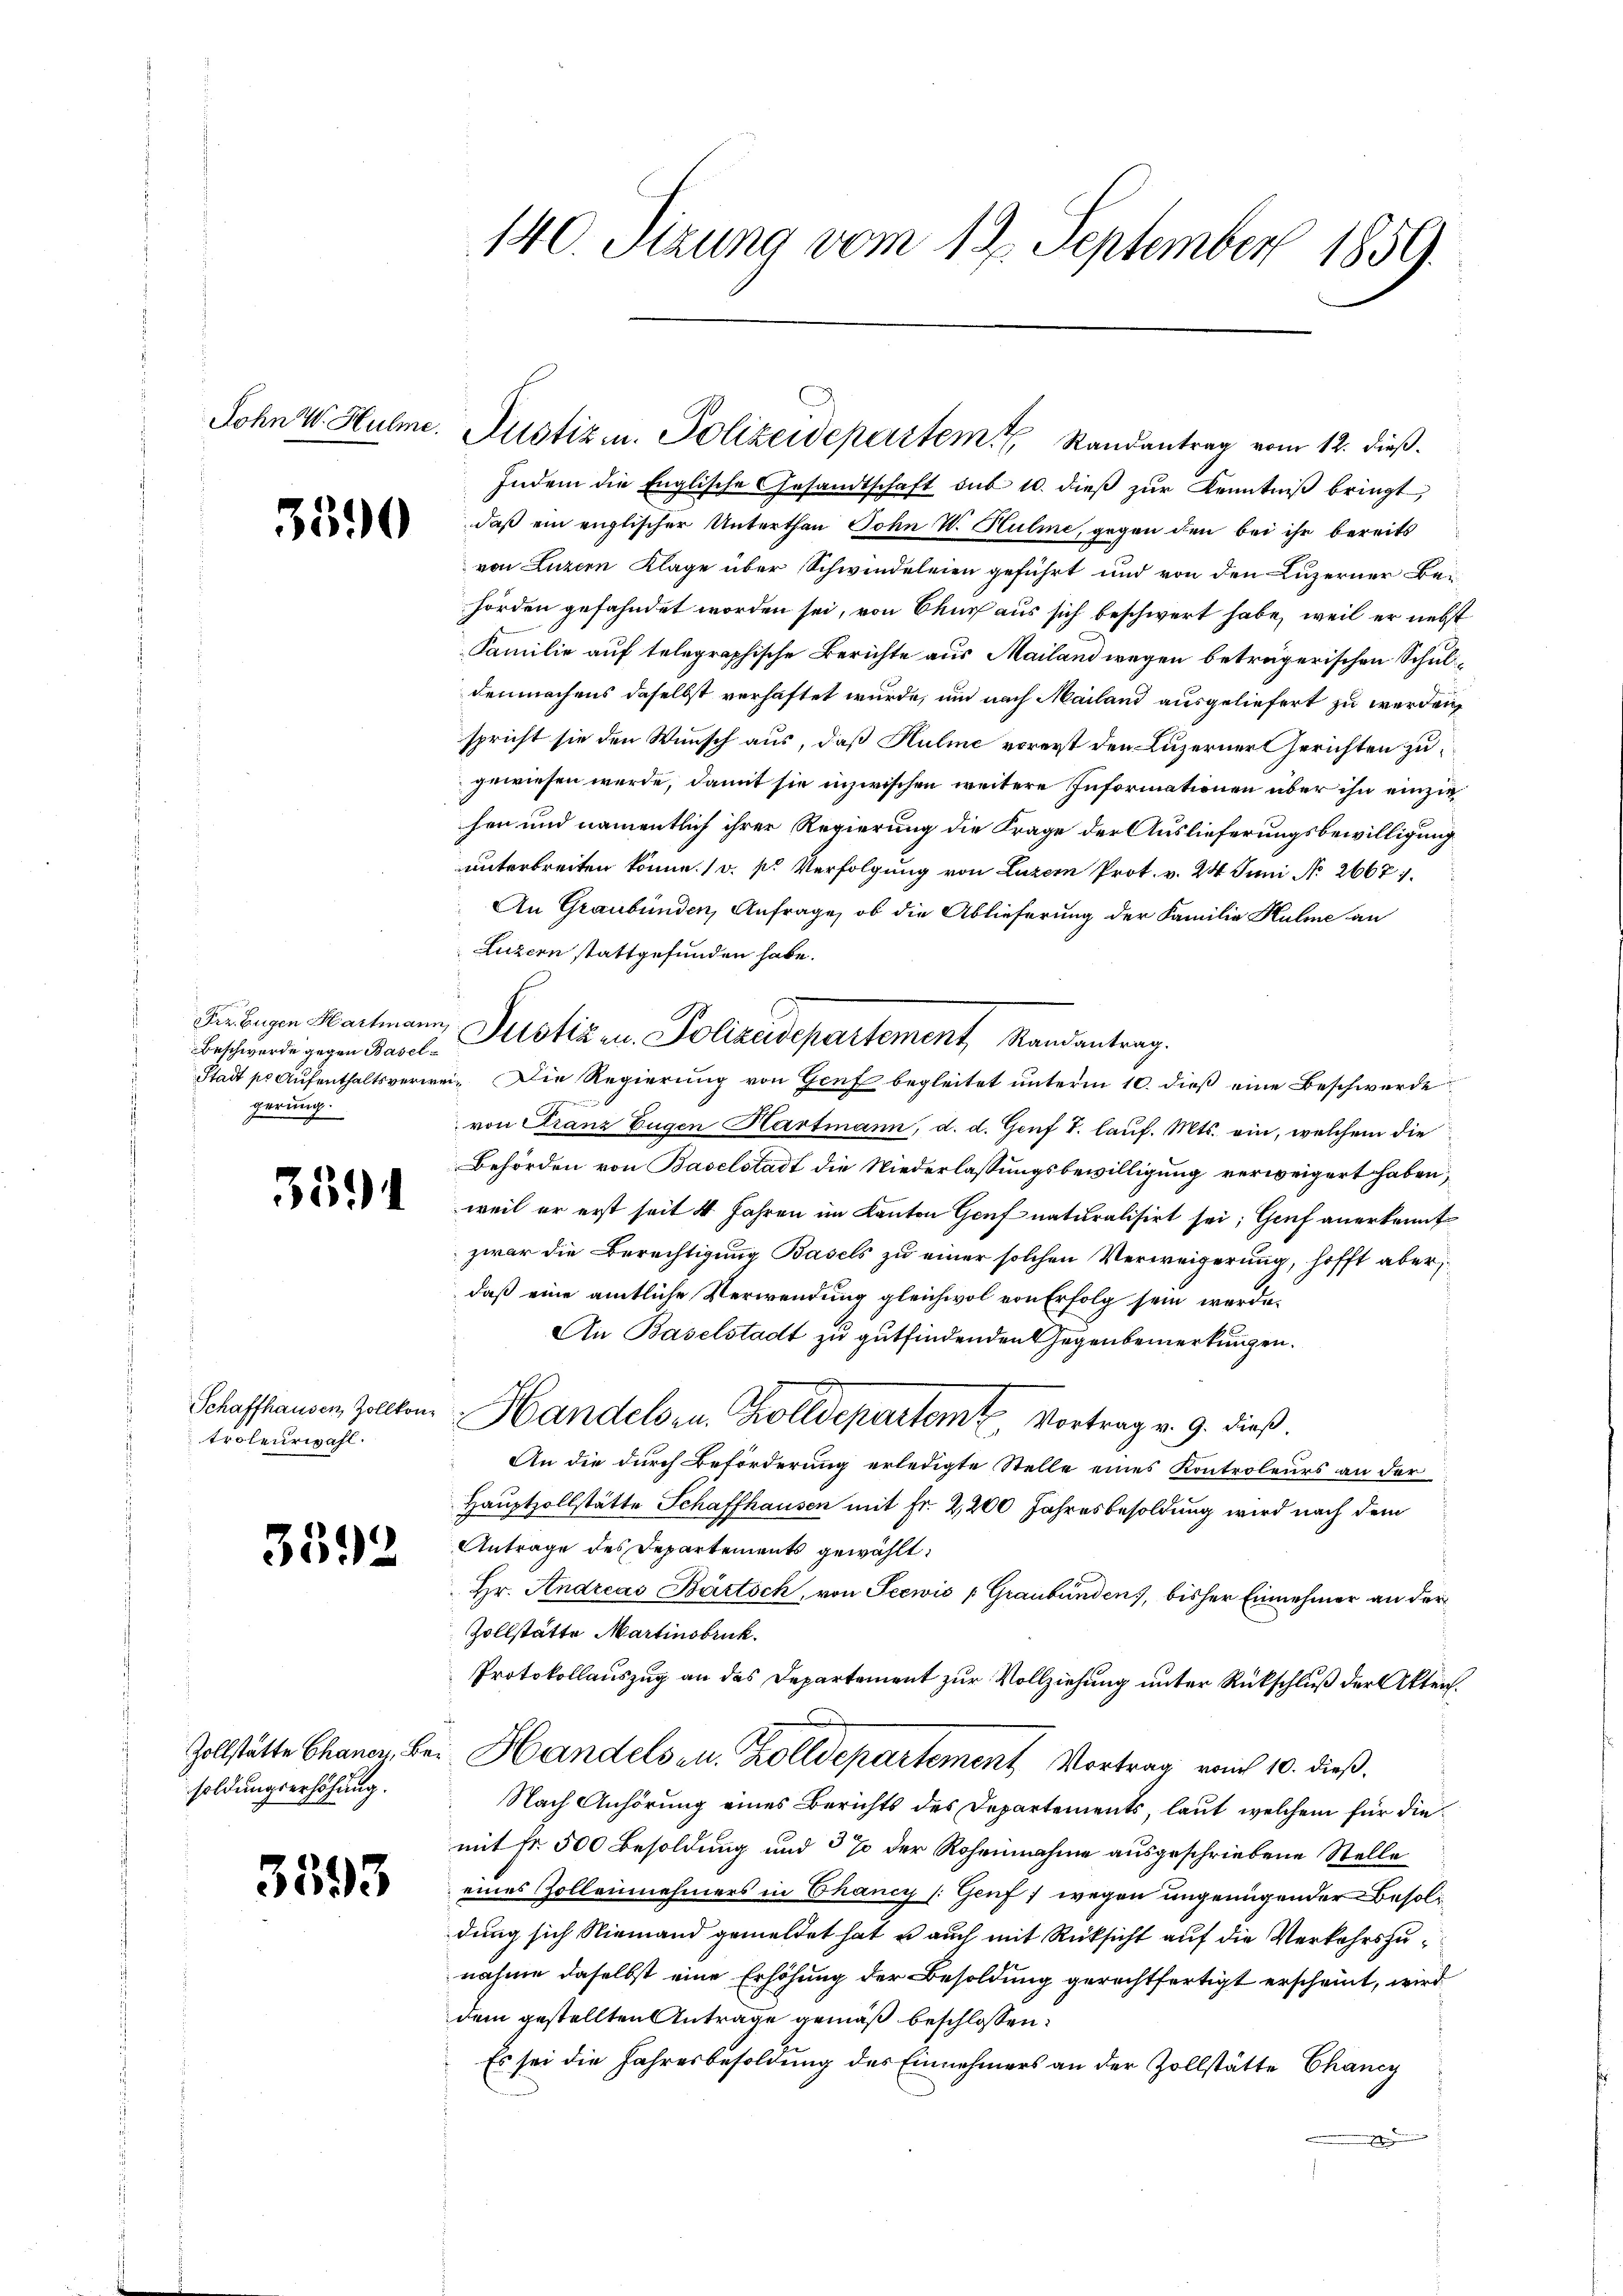
3590

Beschwerde gegen Baselgerung.

35

troleurwahl.

3392

soldungserhöhung.

3593

Indem die Englische Gesandtschaft sub 10. dieβ zŭr Kenntniβ bringt,
daß ein englischer Unterthan John W. Hulme, gegen den bei ihr bereits
von Luzern Klage über Schwindeleien geführt und von den Luzerner Behörden gefahndet worden sei, von Bauch aus sich beschwert habe, weil er nebst
Familie auf telegraphische Berichte aus Mailand wegen beträgerischen Schuldenmachens daselbst verhaftet wurde, und nach Mailand ausgeliefert zu werden,
spricht sie den Wunsch aus, daß Hulme vorerst den Luzerner Gerichten zugewiesen werde, damit sie inzwischen weitere Informationen über ihn einziehen und namentlich ihrer Regierung die Frage der Auslieferungsbewilligung
unterbreiten könne. (v. pr. Verfolgung von Luzern Prot. v. 24 Juni No 2667.
An Graubünden, Anfrage, ob die Ablieferung der Familie Hulme an
Luzern stattgefunden habe.
Giebigen Hartmann, Pilotiz u. Polizeisepartement, Randantrag.
Stadt pr Aufenthaltsverwei¬ Die Regierung von Genf begleitet unterm 10. dieß eine Beschwerde
von Franz Eugen Hartmann, d. d. Genf T. lauf. Mts. ein, welchem die
Behörden von Baselstadt die Niederlassungsbewilligung verweigert haben,
weil er erst seit 4 Jahren im Kanton Genf naturalisirt sei; Genf anerkennt
zwar die Berechtigung Basels zu einer solchen Verweigerung, hofft aber
daß eine amtliche Verwendung gleichwol von Erfolg sein werde.
An Baselstadt zu gutfindenden Gegenbemerkungen.
Schaffhausen, Zollkom Handelsr. Zolldepartem Vortrag v. 9. dieß.
An die durch Beförderung erledigte Stelle eines Kontroleurs an der
Hauptzollstätte Schaffhausen mit Fr. 2,200 Jahresbesoldung wird nach dem
Antrage des Departements gewählt:
Hr. Andreas Bittsch, von Seewis (Graubünden, bisher Einnehmer an der
Zollstätte Martinsbruk.
Protokollauszug an das Departement zur Vollziehung unter Rückschluß der Akten.
Zollstätte Chaner, Bei Handels zu. Zolldepartement Vortrag vom 10. dieß.
Nach Anhörung eines Berichts des Departements, laut welchem für diemit fr. 500 Besoldung und 37 der Roheinahme ausgeschriebene Stelle
eines Zollennehmers in Chancy (Genf) wegen ungenügender Besoldung sich Niemand gemeldet hat u auch mit Rücksicht auf die Verkehrszunahme daselbst eine Erhöhung der Besoldung gerechtfertigt erscheint, wird
dem gestellten Antrage gemäß beschlossen:
Es sei die Jahresbesoldung des Einnehmers an der Zollstätte Chancy

140. Sizung vom 12. September 1859.

John W. Hulme. Justiz u. Polizeidepartem Randantrag vom 12. dieß.